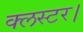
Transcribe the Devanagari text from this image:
क्लस्टर।